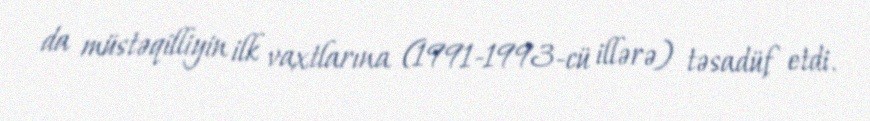
da müstəqilliyin ilk vaxtlarına (1991-1993-cü illərə) təsadüf etdi.